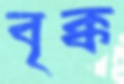
বৃক্ক